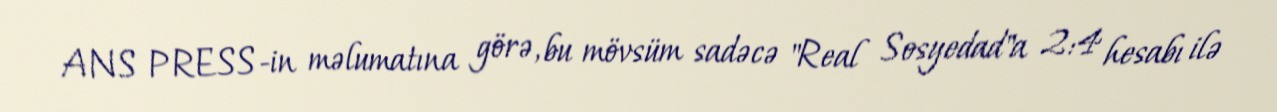
ANS PRESS-in məlumatına görə, bu mövsüm sadəcə "Real Sosyedad"a 2:4 hesabı ilə